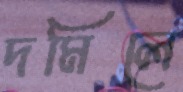
দমিলে